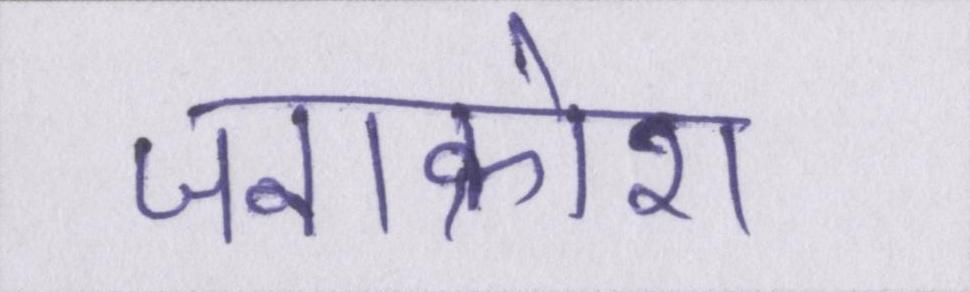
जनाक्रोश